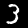
Digit: 3